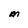
Character: M